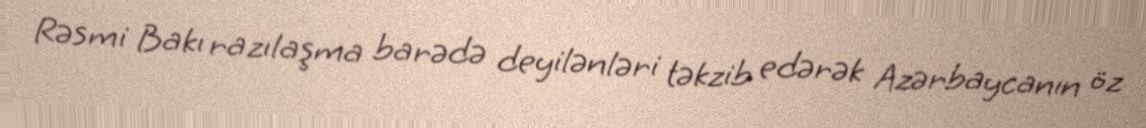
Rəsmi Bakı razılaşma barədə deyilənləri təkzib edərək Azərbaycanın öz